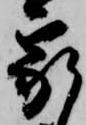
家